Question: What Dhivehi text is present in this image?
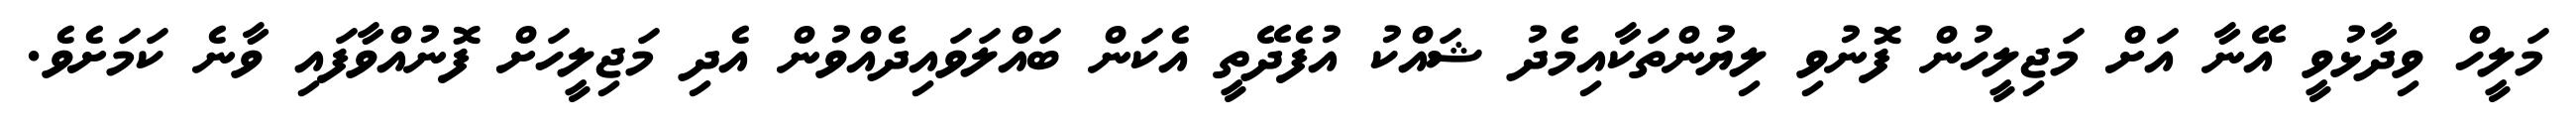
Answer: މަލީހް ވިދާޅުވީ އޭނާ އަށް މަޖިލީހުން ފޮނުވި ލިޔުންތަކާއިމެދު ޝައްކު އުފެދޭތީ އެކަން ބައްލަވައިދެއްވުން އެދި މަޖިލީހަށް ފޮނުއްވާފައި ވާނެ ކަމަށެވެ.